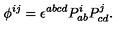
\phi ^ { i j } = \epsilon ^ { a b c d } P _ { a b } ^ { i } P _ { c d } ^ { j } .